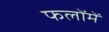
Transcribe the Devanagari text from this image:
फलोंमें